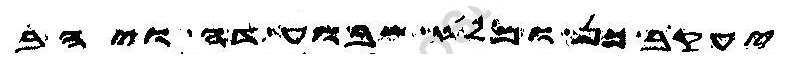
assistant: יעקב כן ומלי שבוע דה ויהב